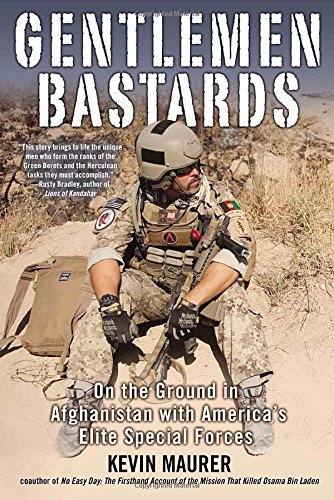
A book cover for Gentlemen Bastards: On the Ground in Afghanistan with America's Elite Special Forces; Kevin Maurer; History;